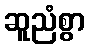
ဆူညံစွာ